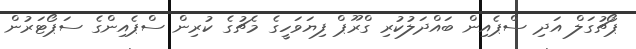
ޕޯޗުގަލް އަދި ސްޕެއިން ބައްދަލުކުރި ގްރޫޕް ފިޔަވަހީގެ މެޗުގެ ކުރިން ސްޕެއިންގެ ސަޕޯޓަރުން